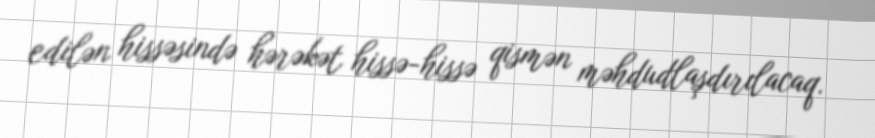
edilən hissəsində hərəkət hissə-hissə qismən məhdudlaşdırılacaq.